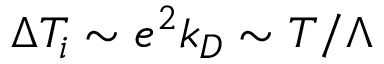
\Delta T _ { i } \sim e ^ { 2 } k _ { D } \sim T / \Lambda